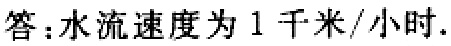
答：水流速度为 1 千米/小时.